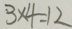
3 \times 4 = 1 2